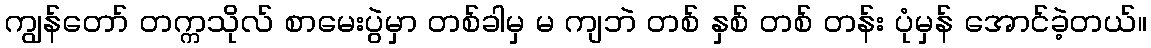
ကျွန်တော် တက္ကသိုလ် စာမေးပွဲမှာ တစ်ခါမှ မ ကျဘဲ တစ် နှစ် တစ် တန်း ပုံမှန် အောင်ခဲ့တယ်။